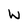
Character: W